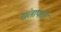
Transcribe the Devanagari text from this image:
संतापतो